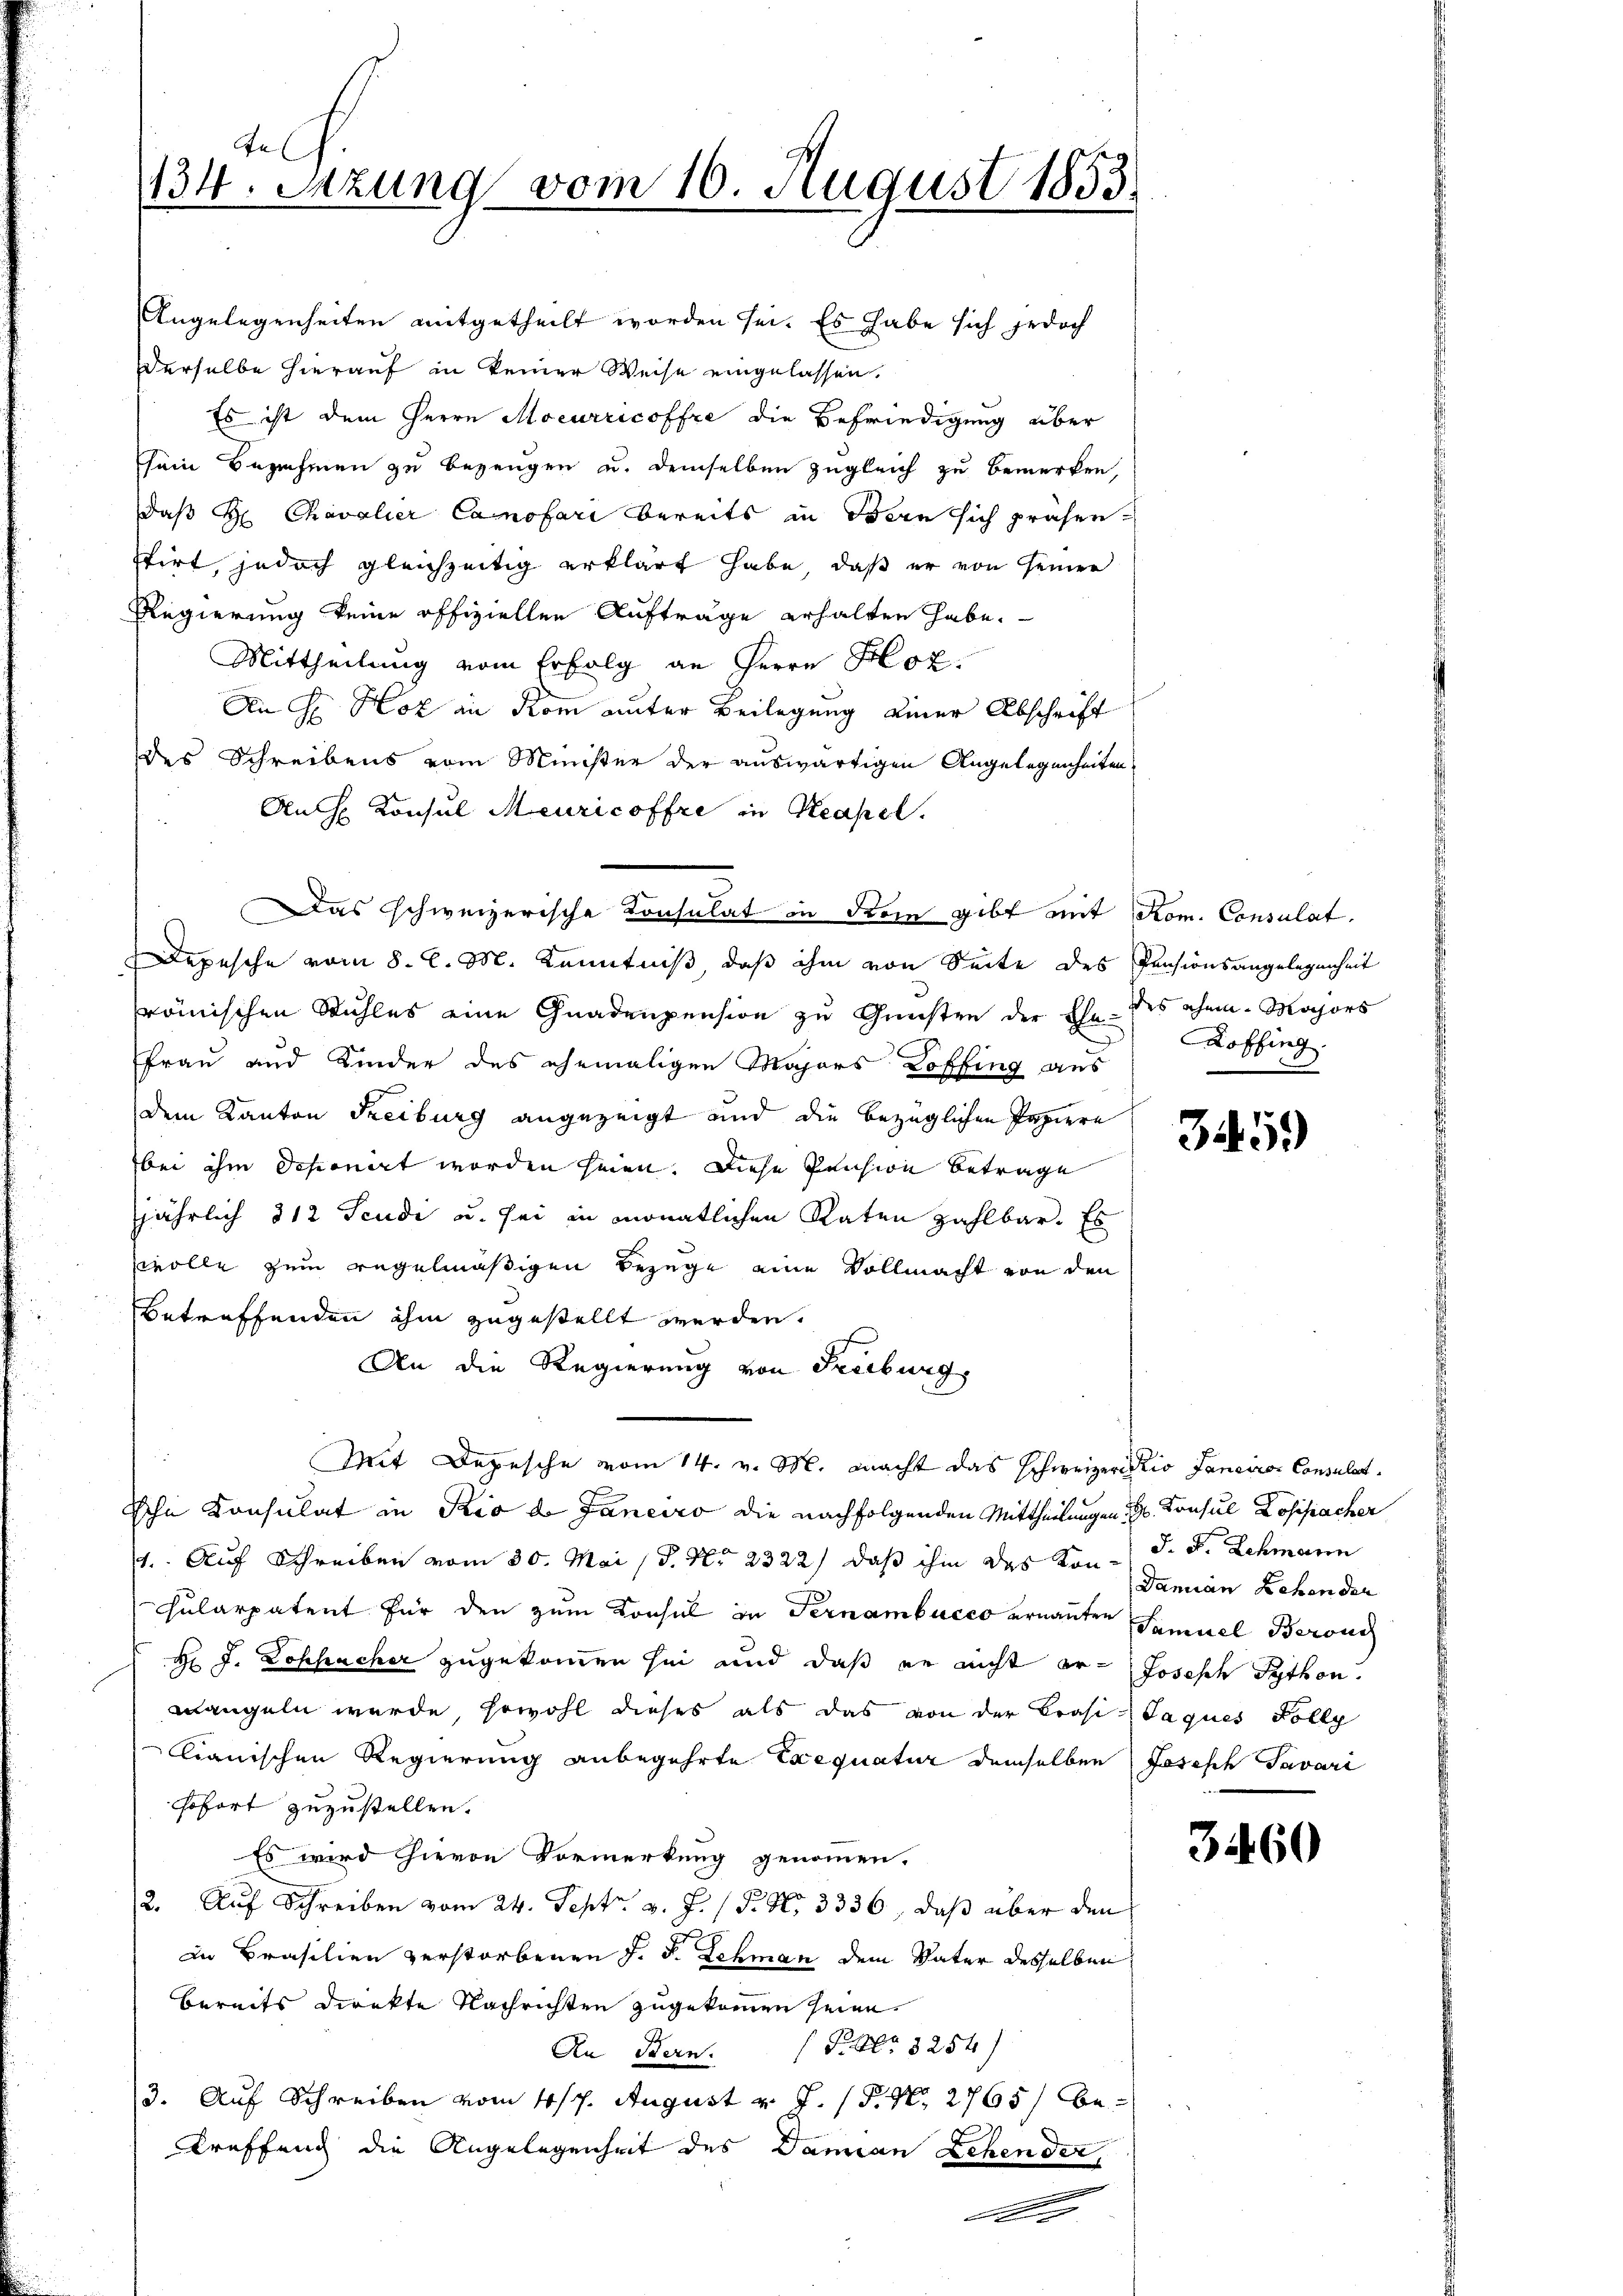
fe
134. Sezung vom 16. August 1853.

Angelegenheiten mitgetheilt worden sei. Es habe sich jedoch
Derselbe hierauf in keiner Weise eingelassen.
Es ist dem Herrn Mocurricoffre die Befriedigung über
sein Bezahmen zu bezeugen u. demselben zugleich zu bemerken,
daß H: Chevalier Canofari bereits in Bern sich präsen-
stirt, jedoch gleichzeitig erklärt habe, daß er von seiner
Regierung keine offiziellen Aufträge erhalten habe.
Mittheilung vom Erfolg an Herrn Soz
An H. Hof in Rom unter Beilegung einer Abschrift
des Schreibens vom Minister der auswärtigen Angelegenheiten
Auch Konsul Meuricoffre in Neapel.
Das schweizerische Consulat in dreie gibt mit Rom. Consulat
Depesche vom 8. d. M. Kenntniß, daß ihm von Seite des Pensionsangelegenheit
römischen Stuhles eine Gnadenpension zu Gunsten der Ehe des ehem. Majors
Frau und Kinder des ehemaligen Majors Koffing aus
dem Kanton Freiburg angezeigt und die bezüglichen Papiere
bei ihm schonert worden seien. Diese Pension betrage
jährlich 312 Seudi u. sei in monatlichen Raten zahlbar. Es
wolle zum regelmäßigen Bezuge eine Vollmacht von den
betreffenden ihm zugestellt werden.
An die Regierung von Freiburg,
Mit Depesche vom 14. v. M. macht das schweizerisio Janeiro Consulat
chn Konsulat in Rio d. Janeiro die nachfolgenden Mittheilungen Konsul Losifacher
1. Auf Schreiben vom 30. Mai 18. No 2322/ daß ihm des Son- J. F. Schmann
cularpatent für den zum Konsul in Ternambucco ernannten Samuel Beroni
H J. Lospacher zugekommen sei und daß er nicht er- Joseph Sython.
wangeln würde, sowohl dieses als das von der Präsi-Jaques Folly
lianischen Regierung anbegehrte Exequatur demselben Joseph Savari
sofort zuzustellen.
Es wird hievon Vormerkung genommen.
2. Auf Schreiben vom 24. Sept. v. J. (T. S. 3336, daß über den
in Brasilien verstorbenen J. J. Lehmann dem Vater desselben
bereits direkte Nachrichten zugekommen seine.
An Bern. P. Nr. 8254)
3. Auf Schreiben vom 4/7. August v. J. P. Nr. 2765/ be¬
Treffend die Angelegenheit des Damian Lehender,
A.

Roffing.

345)

Damian Lehen der

3460